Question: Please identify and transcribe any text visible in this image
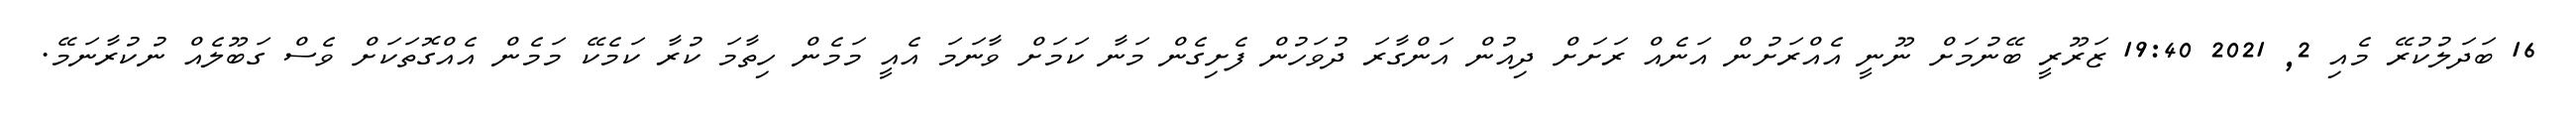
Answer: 16 ބަދަލުކުރޭ މެއި 2, 2021 19:40 ޒަރޫރީ ބޭނުމަށް ނޫނީ އެއްރަށުން އަނެއް ރަށަށް ދިއުން އަންގާރަ ދުވަހުން ފެށިގެން މަނާ ކަމަށް ވާނަމަ އެއީ މަމެން ހިތާމަ ކުރާ ކަމެކޭ މަމެން އެއްގޮތަކަށް ވެސް ގަބޫލެއް ނުކުރާނަމޭ.